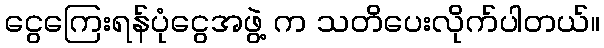
ငွေကြေးရန်ပုံငွေအဖွဲ့ က သတိပေးလိုက်ပါတယ်။